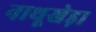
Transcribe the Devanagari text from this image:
नाथूखेड़ा